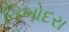
ચિખોદરા